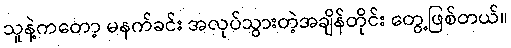
သူနဲ့ကတော့ မနက်ခင်း အလုပ်သွားတဲ့အချိန်တိုင်း တွေ့ဖြစ်တယ်။